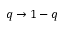
q \to 1 - q